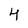
Character: 4